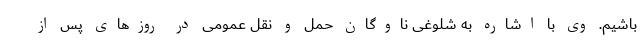
باشیم. وی با اشاره به شلوغی ناوگان حمل و نقل عمومی در روزهای پس از